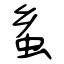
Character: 蚃